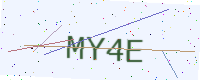
Text: MY4E